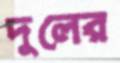
দুলের